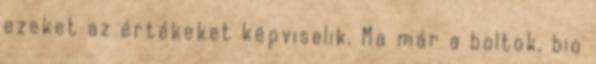
ezeket az értékeket képviselik. Ma már a boltok, bio